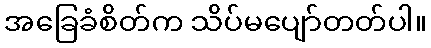
အခြေခံစိတ်က သိပ်မပျော်တတ်ပါ။